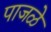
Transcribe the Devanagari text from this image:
पाजळे